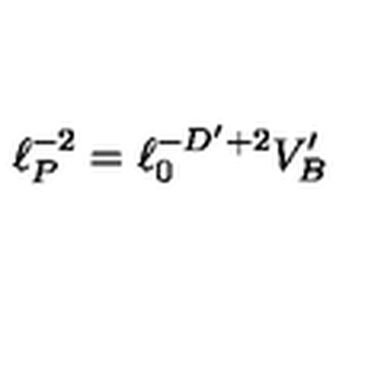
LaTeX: \ell _ { P } ^ { - 2 } = \ell _ { 0 } ^ { - D ^ { \prime } + 2 } V _ { B } ^ { \prime }